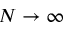
N \rightarrow \infty